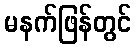
မနက်ဖြန်တွင်